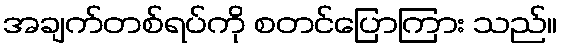
အချက်တစ်ရပ်ကို စတင်ပြောကြား သည်။